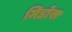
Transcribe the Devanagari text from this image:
मिडोस